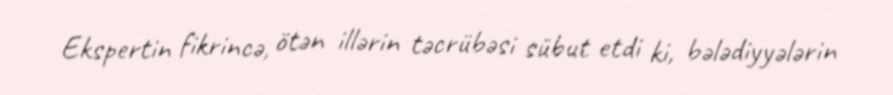
Ekspertin fikrincə, ötən illərin təcrübəsi sübut etdi ki, bələdiyyələrin